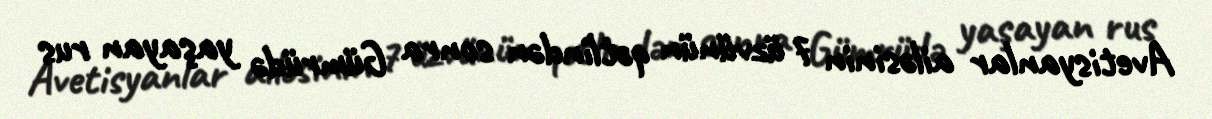
Avetisyanlar ailəsinin 7 üzvünün qətlindən sonra Gümrüdə yaşayan rus